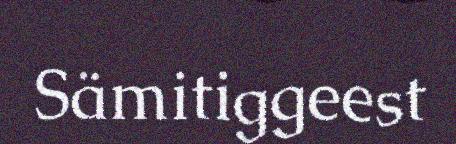
Sämitiggeest